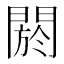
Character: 閼